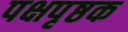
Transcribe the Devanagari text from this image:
पक्षपृष्ठक